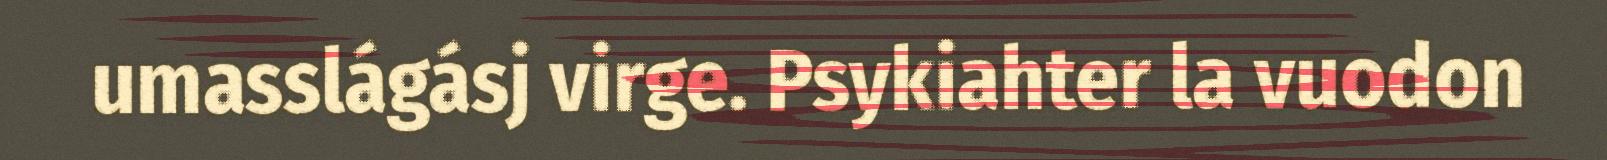
umasslágásj virge. Psykiahter la vuodon